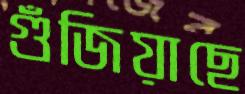
গুঁজিয়াছে